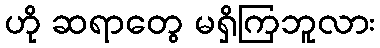
ဟို ဆရာတွေ မရှိကြဘူလား